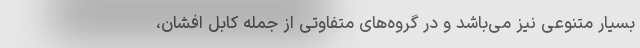
بسیار متنوعی نیز می‌باشد و در گروه‌های متفاوتی از جمله کابل افشان،